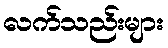
လက်သည်းများ